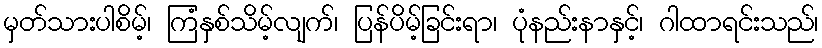
မှတ်သားပါစိမ့်၊ ကြံနှစ်သိမ့်လျက်၊ ပြန်ပိမ့်ခြင်းရာ၊ ပုံနည်းနာနှင့်၊ ဂါထာရင်းသည်၊